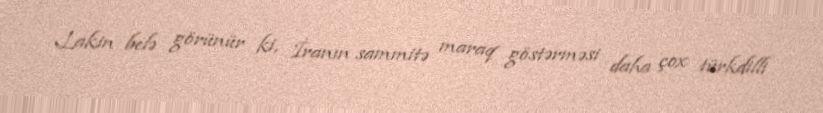
Lakin belə görünür ki, İranın sammitə maraq göstərməsi daha çox türkdilli